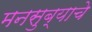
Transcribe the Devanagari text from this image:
मनसुब्याचे